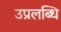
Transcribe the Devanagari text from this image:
उप्रलब्धि